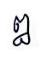
ឰ